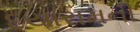
દયારામની